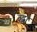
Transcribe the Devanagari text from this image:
उट्ठा